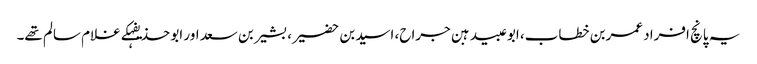
یہ پانچ افراد عمربن خطاب، ابوعبیدہبن جراح، اسیدبن حضیر، بشیربن سعد اور ابو حذیفہکے غلام سالم تھے۔